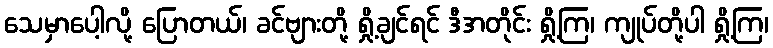
သေမှာပေါ့လို့ ပြောတယ်၊ ခင်ဗျားတို့ ရှို့ချင်ရင် ဒီအတိုင်း ရှို့ကြ၊ ကျုပ်တို့ပါ ရှို့ကြ၊